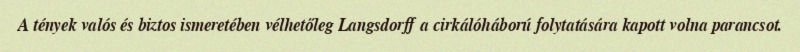
A tények valós és biztos ismeretében vélhetőleg Langsdorff a cirkálóháború folytatására kapott volna parancsot.